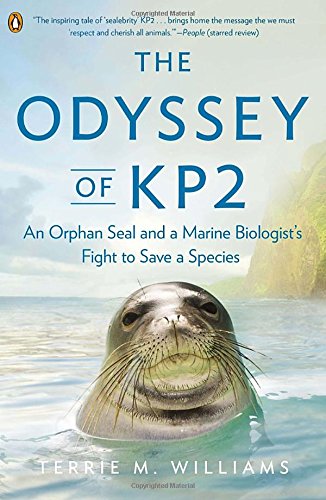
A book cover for The Odyssey of KP2: An Orphan Seal and a Marine BiologistEEs Fight to Save a Species; Terrie M. Williams; Science & Math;